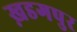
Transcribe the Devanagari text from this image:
ख़डगपुर